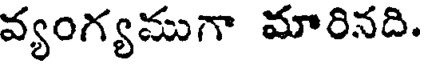
వ్యంగ్యముగా మారినది.